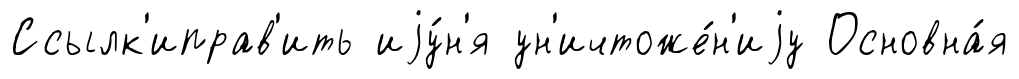
Ссылк'иправ'ить иjу́н'я ун'ичтоже́н'иjу Основна́я